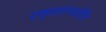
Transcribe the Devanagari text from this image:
एक्सएनओरिंग